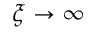
\xi \to \infty